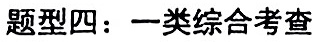
题型四：一类综合考查